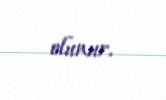
olunur.